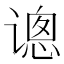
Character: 𰶂